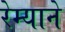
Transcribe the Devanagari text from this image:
रेम्याने